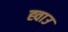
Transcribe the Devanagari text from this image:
ह्वाउ